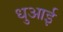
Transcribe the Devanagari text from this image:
धुआई